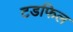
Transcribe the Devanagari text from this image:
टडफिल